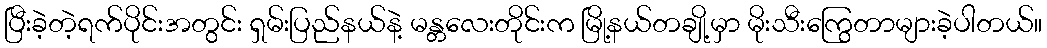
ပြီးခဲ့တဲ့ရက်ပိုင်းအတွင်း ရှမ်းပြည်နယ်နဲ့ မန္တလေးတိုင်းက မြို့နယ်တချို့မှာ မိုးသီးကြွေတာများခဲ့ပါတယ်။